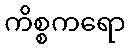
ကိစ္စကရော